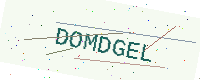
Text: DOMDGEL